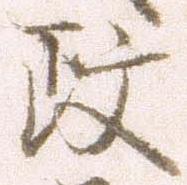
政